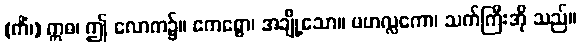
(ကိံ၊) ဣဓ၊ ဤ လောက၌။ ဧကစ္စော၊ အချို့သော။ မဟလ္လကော၊ သက်ကြီးအို သည်။